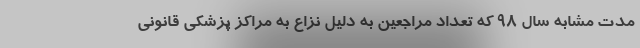
مدت مشابه سال ۹۸ که تعداد مراجعین به دلیل نزاع به مراکز پزشکی قانونی